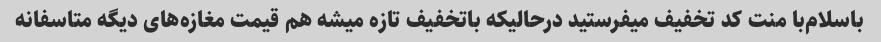
باسلام‌با منت کد تخفیف میفرستید درحالیکه باتخفیف تازه میشه هم قیمت مغازه‌های دیگه متاسفانه